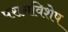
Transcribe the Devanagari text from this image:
परागविशेष